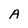
Character: A